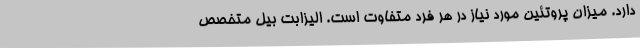
دارد. میزان پروتئین مورد نیاز در هر فرد متفاوت است. الیزابت بیل متخصص